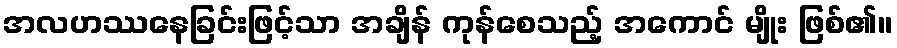
အလဟဿနေခြင်းဖြင့်သာ အချိန် ကုန်စေသည့် အကောင် မျိုး ဖြစ်၏။